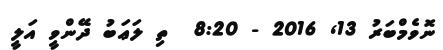
ނޮވެމްބަރު 13